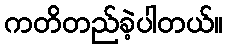
ကတိတည်ခဲ့ပါတယ်။